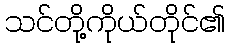
သင်တို့ကိုယ်တိုင်၏